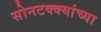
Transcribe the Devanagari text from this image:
सोनटक्क्यांच्या